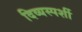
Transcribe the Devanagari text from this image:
दिव्यस्पर्शी